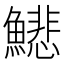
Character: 𩻺